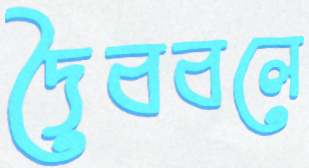
দৈববলে